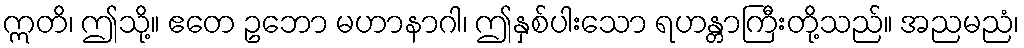
ဣတိ၊ ဤသို့။ ဧတေ ဥဘော မဟာနာဂါ၊ ဤနှစ်ပါးသော ရဟန္တာကြီးတို့သည်။ အညမညံ၊